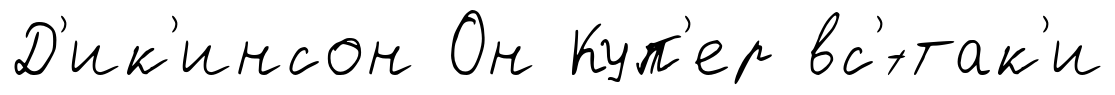
Д'ик'инсон Он Куп'ер вс'́-так'и